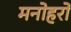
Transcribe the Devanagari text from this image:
मनोहरो